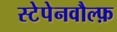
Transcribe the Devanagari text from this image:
स्टेपेनवौल्फ़